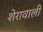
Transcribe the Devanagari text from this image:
शेरावाली